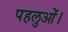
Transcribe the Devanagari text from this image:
पहलुओं।